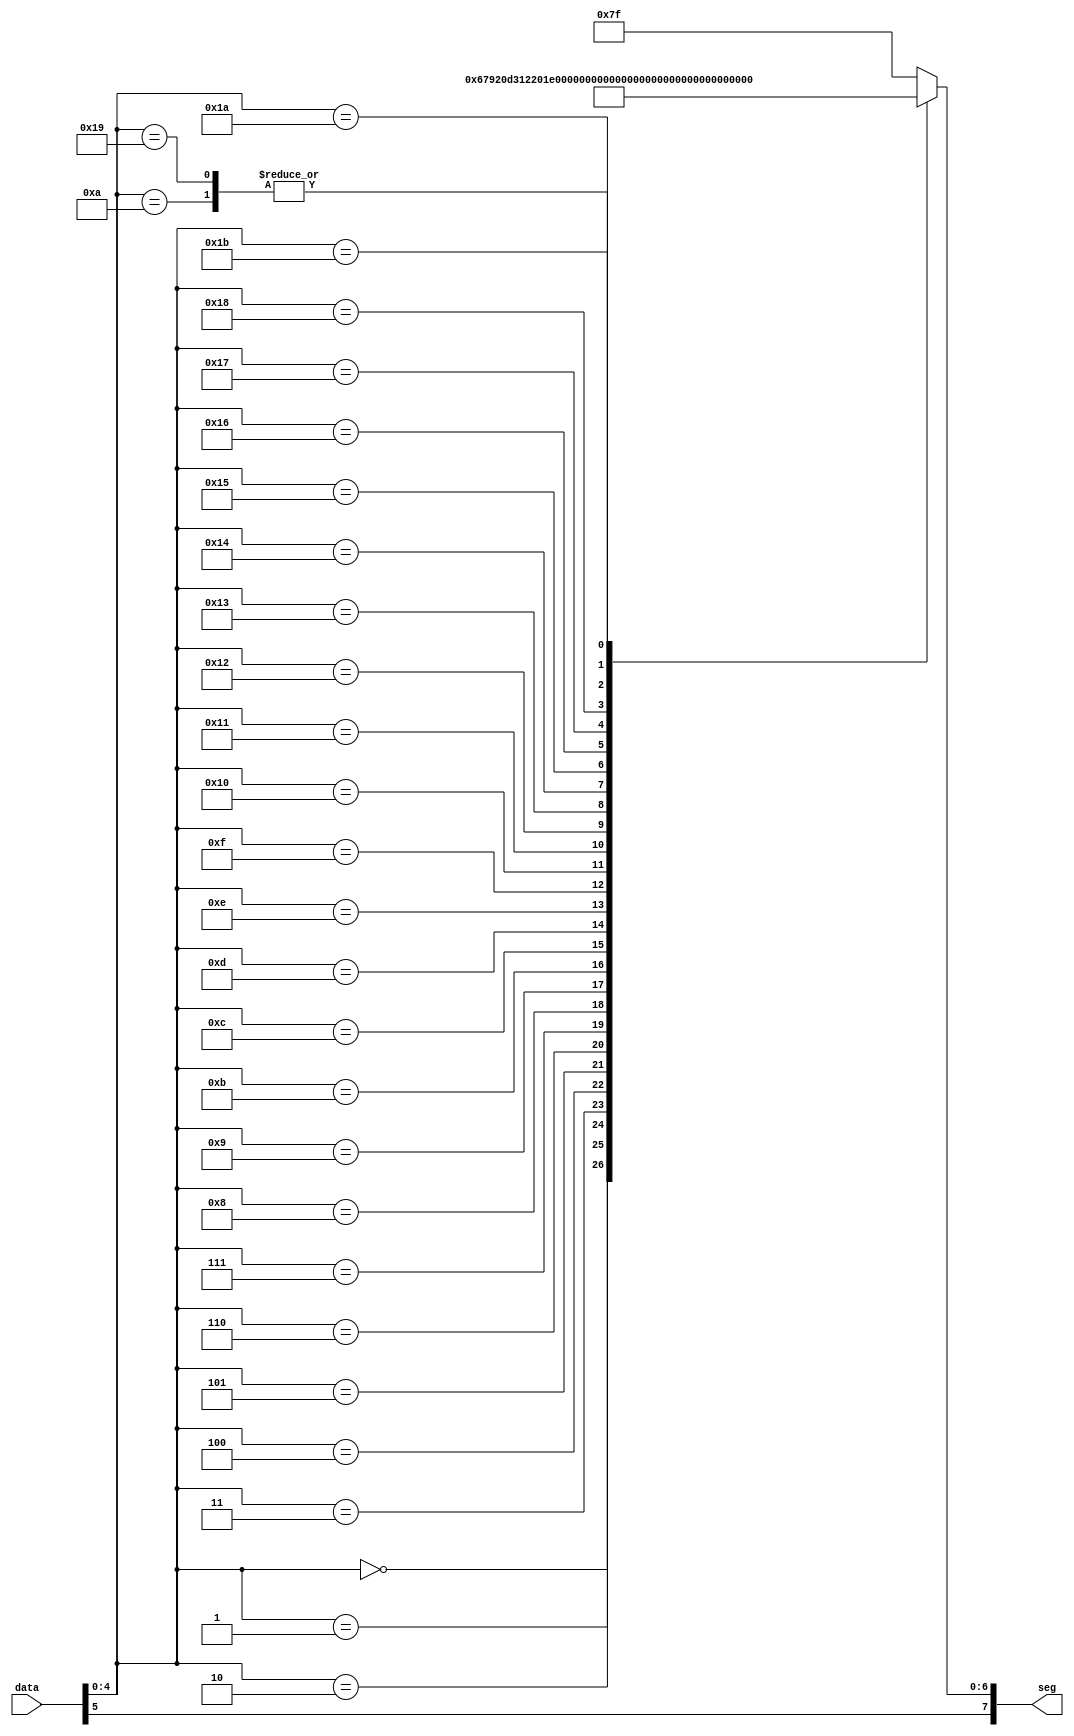
/*
 * Seven-segment display decoder
 *
 * January 25, 2017
 *
 * On August 9th, 2017
 * Modified by Srivatsa Yogendra to include the decimal points and to 
 * display special characters on the seven segment display.
 *
 */

module mfp_ahb_sevensegdec(input      [5:0] data,
                           output reg [7:0] seg);

localparam seg_a = 7'b0111111;
localparam seg_b = 7'b1011111;
localparam seg_c = 7'b1101111;
localparam seg_d = 7'b1110111;
localparam seg_e = 7'b1111011;
localparam seg_f = 7'b1111101;
localparam seg_g = 7'b1111110;
localparam upH = 7'b1001000;
localparam upL = 7'b1110001;
localparam upR = 7'b0001000;
localparam lol = 7'b1111001;
localparam lor = 7'b1111010;

localparam  blank = 7'b1111111;

always @(data)
begin
	case (data[4:0])
		5'd00: seg = {data[5],7'h01};
		5'd01: seg = {data[5],7'h4f};
		5'd02: seg = {data[5],7'h12};
		5'd03: seg = {data[5],7'h06};
		5'd04: seg = {data[5],7'h4c};
		5'd05: seg = {data[5],7'h24};
		5'd06: seg = {data[5],7'h20};
		5'd07: seg = {data[5],7'h0f};
		5'd08: seg = {data[5],7'h00};
		5'd09: seg = {data[5],7'h0c};
		5'd10: seg = {data[5],7'h08};
		5'd11: seg = {data[5],7'h60};
		5'd12: seg = {data[5],7'h72};
		5'd13: seg = {data[5],7'h42};
		5'd14: seg = {data[5],7'h30};
		5'd15: seg = {data[5],7'h38};
		5'd16: seg = {data[5],seg_a};
        5'd17: seg = {data[5],seg_b};
        5'd18: seg = {data[5],seg_c};
        5'd19: seg = {data[5],seg_d};
        5'd20: seg = {data[5],seg_e};
        5'd21: seg = {data[5],seg_f};
        5'd22: seg = {data[5],seg_g};
        5'd23: seg = {data[5],upH};
        5'd24: seg = {data[5],upL};
        5'd25: seg = {data[5],upR};
        5'd26: seg = {data[5],lol};
        5'd27: seg = {data[5],lor};
        default: seg = {data[5],blank};
	endcase
		
end
	
endmodule